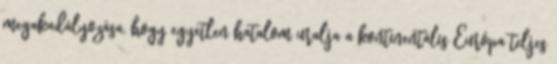
megakadályozása, hogy egyetlen hatalom uralja a kontinentális Európa teljes